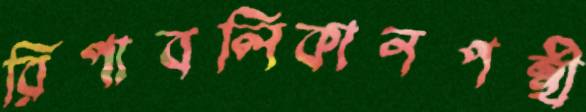
রিপাবলিকানপন্থী